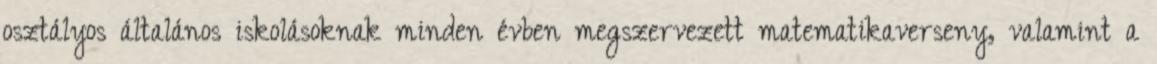
osztályos általános iskolásoknak minden évben megszervezett matematikaverseny, valamint a